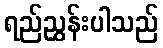
ရည်ညွှန်းပါသည်